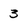
Character: 3